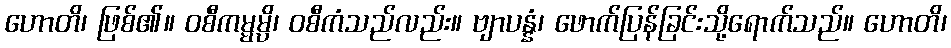
ဟောတိ၊ ဖြစ်၏။ ဝစီကမ္မမ္ပိ၊ ဝစီကံသည်လည်း။ ဗျာပန္နံ၊ ဖောက်ပြန်ခြင်းသို့ရောက်သည်။ ဟောတိ၊